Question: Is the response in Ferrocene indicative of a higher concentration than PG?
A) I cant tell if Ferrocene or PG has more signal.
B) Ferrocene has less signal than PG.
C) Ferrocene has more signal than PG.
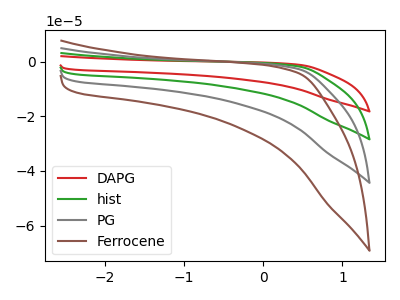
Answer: <think>The red curve "DAPG" has no peaks. The green curve "hist" has no peaks. The gray curve "PG" has no peaks. The brown curve "Ferrocene" has no peaks.
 Neither "Ferrocene" or "PG" have any peaks.</think>
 <answer>A) I cant tell if "Ferrocene" or "PG" has more signal.</answer>
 <eval>A</eval>